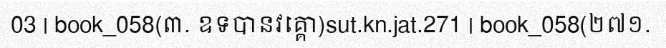
03 | book_058(៣. ឧទបានវគ្គោ)sut.kn.jat.271 | book_058(២៧១.